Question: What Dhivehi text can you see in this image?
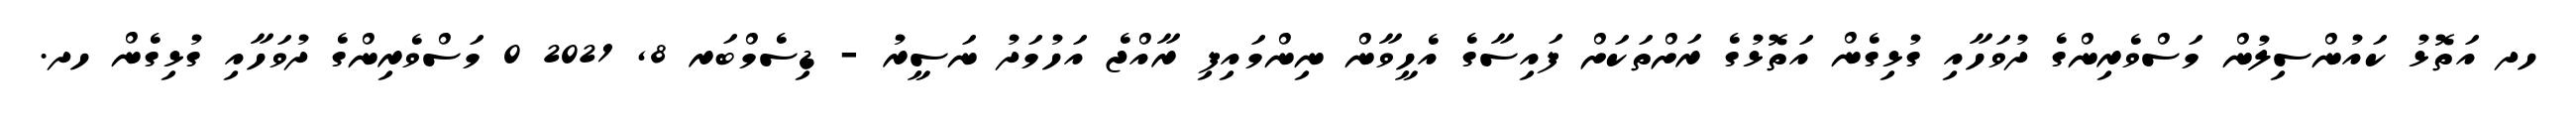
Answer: ހދ އަތޮޅު ކައުންސިލުން މަސްވެރިންގެ ދުވަހާއި ގުޅިގެން އަތޮޅުގެ ރަށްތަކަށް ފައިސާގެ އެހީވާން ނިންމައިފި ރާއްޖެ އަހުމަދު ނަސީރު - ޑިސެމްބަރ 8, 2021 0 މަސްވެރިންގެ ދުވަހާއި ގުޅިގެން ހދ.